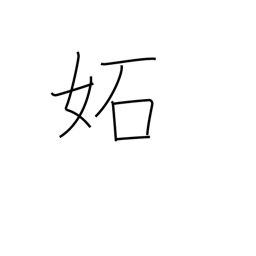
Meaning: envy